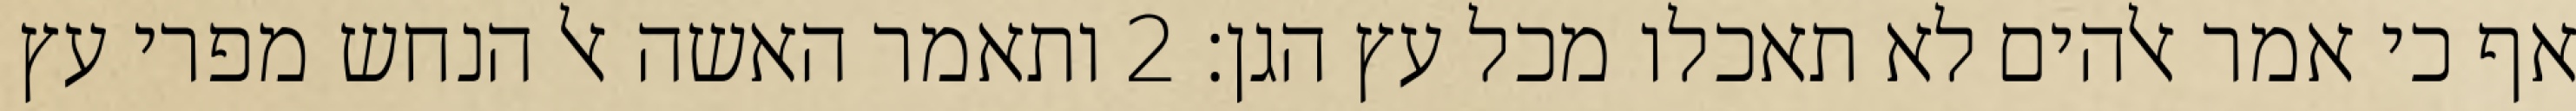
אף כי אמר אלהים לא תאכלו מכל עץ הגן׃ ‎2‏ ותאמר האשה אל הנחש מפרי עץ